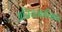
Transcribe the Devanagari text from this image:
अनियतकालिकांचे